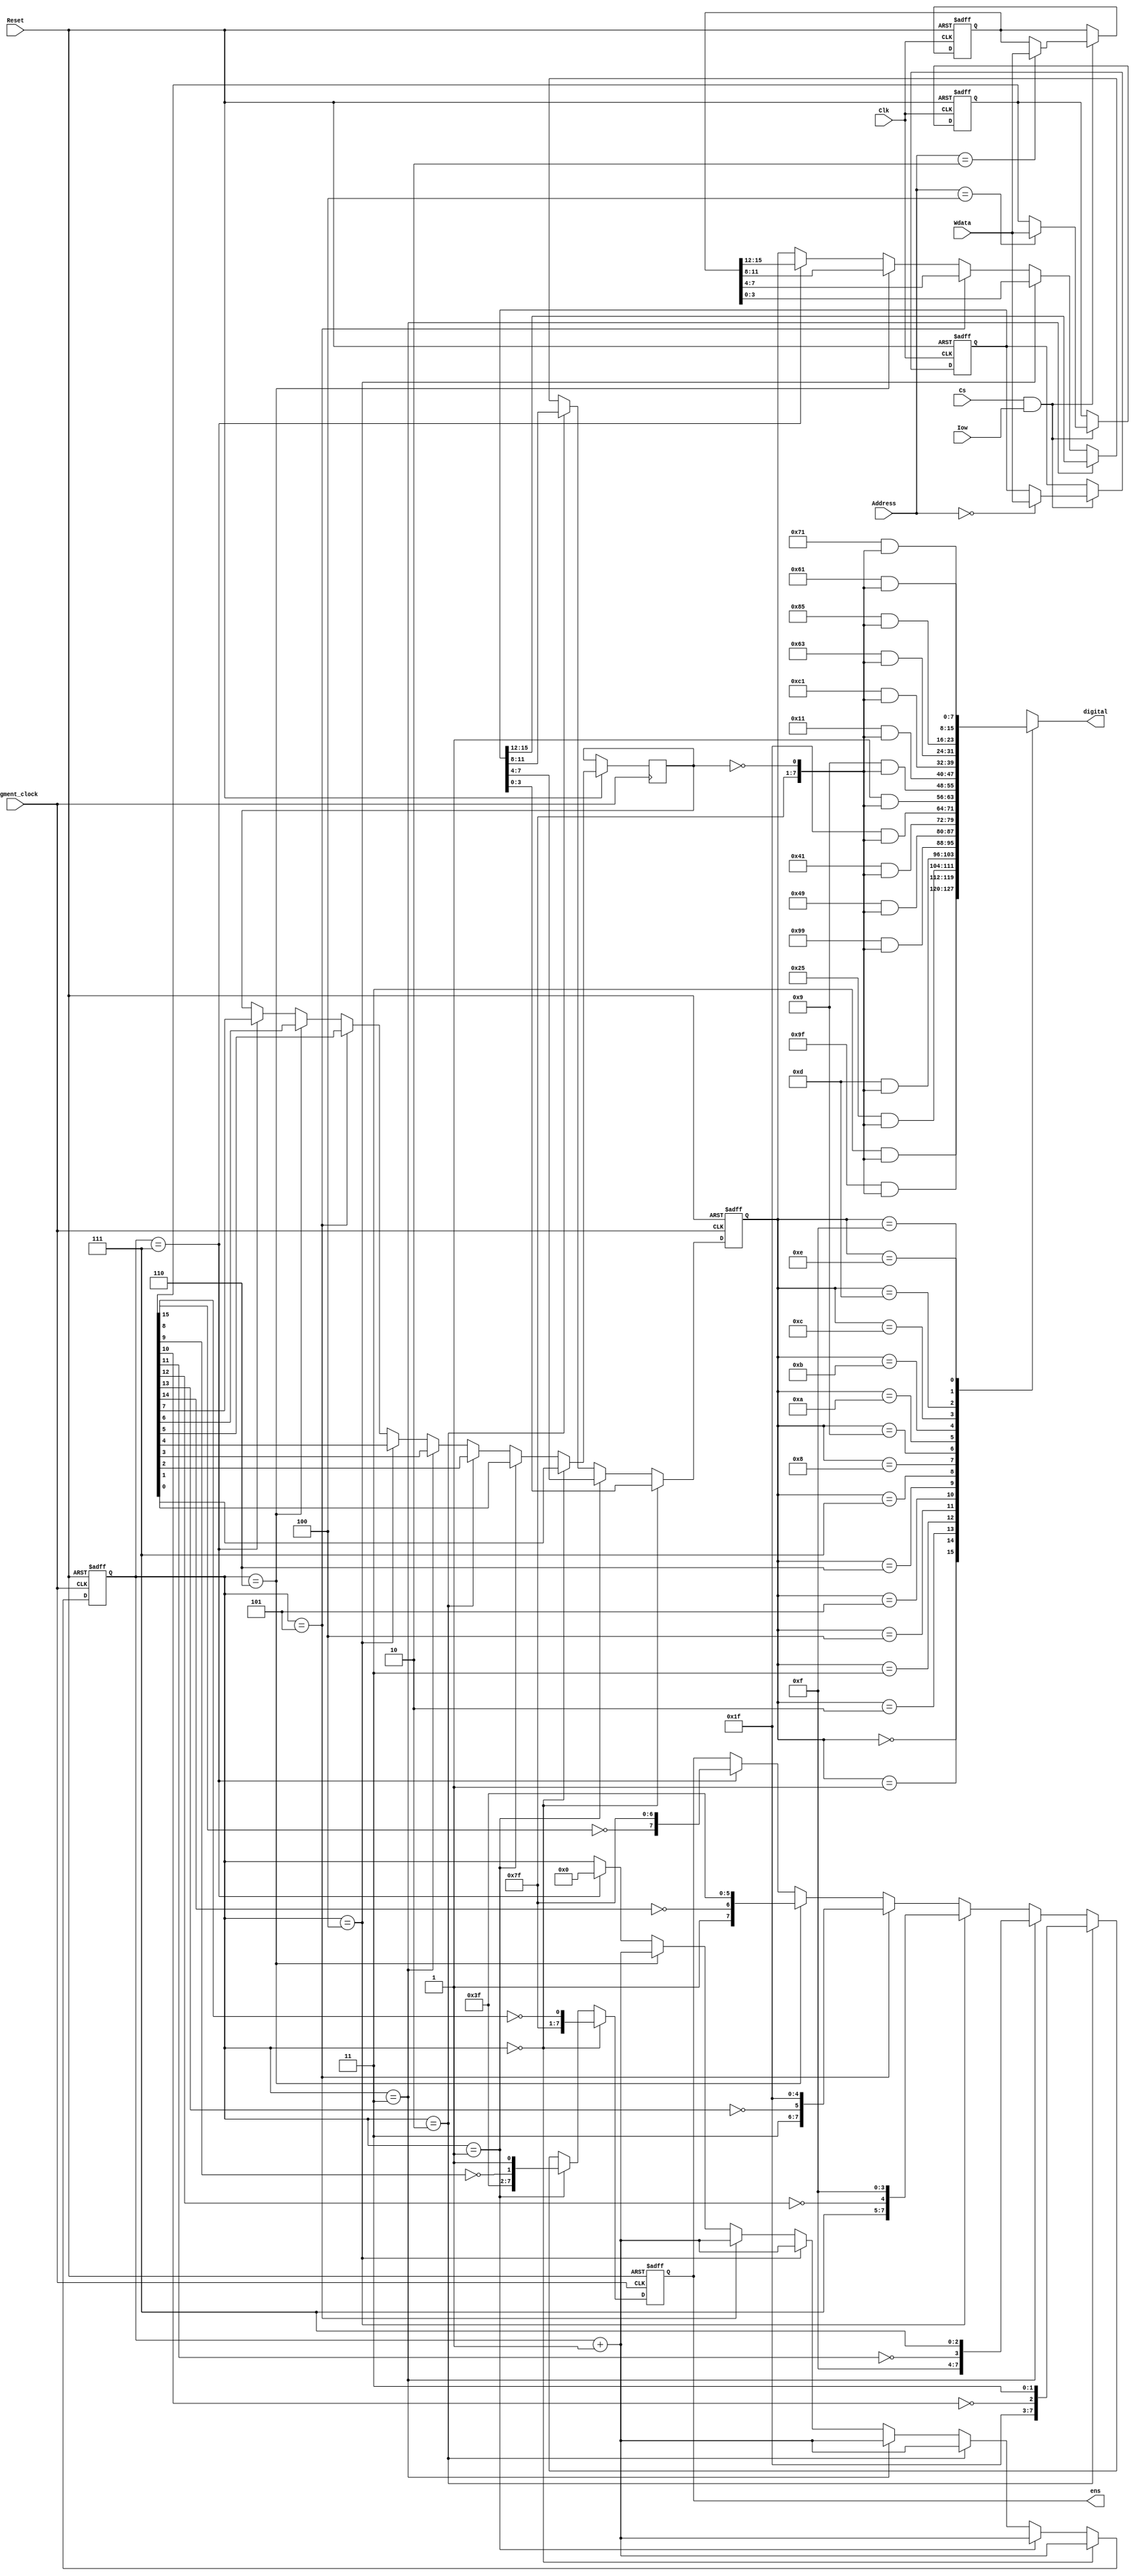
module dev_segment(
input Reset,input [2:0] Address,input Cs,input Clk,input Iow,input [15:0] Wdata,output [7:0] digital,output [7:0] ens,input segment_clock
    );
    
reg [3:0] sw=0;
reg[7:0] digital;
reg[7:0] ens;
reg[3:0] count = 0;

reg [15:0] low4_data_reg;//λݼĴ
reg [15:0] high4_data_reg;//λݼĴ
reg [15:0] display_ctrl_reg;//ʾƼĴ
wire [31:0] data;
wire [7:0] show_enable;
wire [7:0] dot_enable;

assign data={high4_data_reg,low4_data_reg};
assign show_enable=display_ctrl_reg[15:8];
assign dot_enable =display_ctrl_reg[7:0];


always @(posedge Clk or negedge Reset)//ƼĴд
begin
    if(Reset==0)//reset
        begin
            low4_data_reg[15:0] = 16'd0;
            high4_data_reg[15:0] = 16'd0;
            display_ctrl_reg[15:0] = 16'd0;
        end
    else if(Cs==1'b1 && Iow==1'b1)//Ƭѡ д
        begin
            case(Address[2:0])//дַж
                3'b000: low4_data_reg[15:0] = Wdata[15:0];//λݼĴֵ
                3'b010: high4_data_reg[15:0] = Wdata[15:0];//λݼĴֵ
                3'b100: display_ctrl_reg[15:0] = Wdata[15:0];//ƼĴֵ
            endcase
        end
end

reg dot_enable_current = 0;
always @(posedge segment_clock or negedge Reset)//Beforo,here clock is Clk ,but now i changed it to a slower clock segment_clock
begin
    if(Reset == 0)
        begin
            ens=8'b11111111;
            count<=0;
            sw<=4'd0;
        end
    else
        begin
        if(count == 0)
            begin
                ens={7'b1111111,~show_enable[0]};
                count <= count  + 1;
                sw<=data[3:0];
                dot_enable_current<=dot_enable[0];
            end
        else if(count == 1)
            begin
                ens={6'b111111,~show_enable[1],1'b1};
                count <= count  + 1;
                sw<=data[7:4];
                dot_enable_current<=dot_enable[1];
            end
        else if(count == 2)
            begin
                ens={5'b11111,~show_enable[2],2'b11};
                count <= count  + 1;
                sw<=data[11:8];
                dot_enable_current<=dot_enable[2];
            end
        else if(count == 3)
            begin
                ens={4'b1111,~show_enable[3],3'b111};
                count <= count  + 1;
                sw<=data[15:12];
                dot_enable_current<=dot_enable[3];
            end
        else if(count == 4)
            begin
                ens={3'b111,~show_enable[4],4'b1111};
                count <= count  + 1;
                sw<=data[19:16];
                dot_enable_current<=dot_enable[4];
            end
        else if(count == 5)
            begin
                ens={2'b11,~show_enable[5],5'b11111};
                count <= count  + 1;
                sw<=data[23:20];
                dot_enable_current<=dot_enable[5];
            end                                                                     
        else if(count == 6)
            begin
                ens={1'b1,~show_enable[6],6'b111111};
                count <= count  + 1;
                sw<=data[27:24];
                dot_enable_current<=dot_enable[6];
            end
        else if(count == 7)
            begin
                ens={~show_enable[7],7'b1111111};
                count <= 0;
                sw<=data[31:28];
                dot_enable_current<=dot_enable[7];
            end
        end 
end
 
always @(sw)
begin
        case(sw)
            4'd0:digital=8'b00000011&{7'b1111111,~dot_enable_current};
            4'd1:digital=8'b10011111&{7'b1111111,~dot_enable_current};
            4'd2:digital=8'b00100101&{7'b1111111,~dot_enable_current};
            4'd3:digital=8'b00001101&{7'b1111111,~dot_enable_current};
            4'd4:digital=8'b10011001&{7'b1111111,~dot_enable_current};
            4'd5:digital=8'b01001001&{7'b1111111,~dot_enable_current};
            4'd6:digital=8'b01000001&{7'b1111111,~dot_enable_current};
            4'd7:digital=8'b00011111&{7'b1111111,~dot_enable_current};
            4'd8:digital=8'b00000001&{7'b1111111,~dot_enable_current};
            4'd9:digital=8'b00001001&{7'b1111111,~dot_enable_current};
            4'ha:digital=8'b00010001&{7'b1111111,~dot_enable_current};
            4'hb:digital=8'b11000001&{7'b1111111,~dot_enable_current};
            4'hc:digital=8'b01100011&{7'b1111111,~dot_enable_current};
            4'hd:digital=8'b10000101&{7'b1111111,~dot_enable_current};
            4'he:digital=8'b01100001&{7'b1111111,~dot_enable_current};
            4'hf:digital=8'b01110001&{7'b1111111,~dot_enable_current};
        default:
            digital=8'b0;
        endcase
end

endmodule